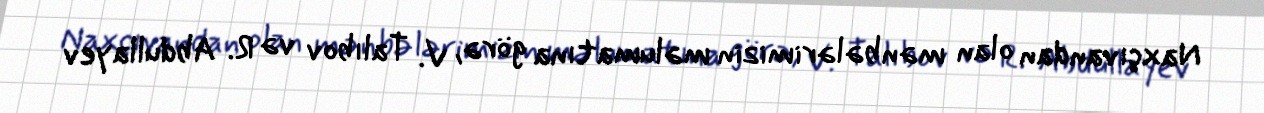
Naxçıvandan olan mənbələrimizin məlumatına görə, V. Talıbov və R. Abdullayev